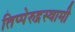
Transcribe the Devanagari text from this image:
तिप्पेरुद्रस्वामी